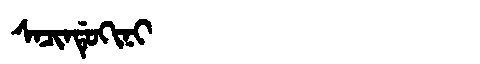
Manchu: ᠰᠠᠴᡳᠨᡩᡠᡴᡳᠨᡳ
Romanization: SACINDUKINI